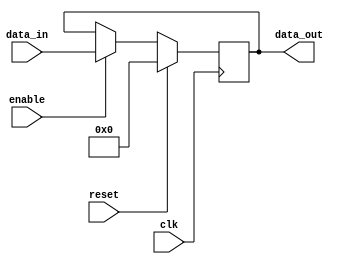
module register(
    input wire clk,
    input wire reset,
    input wire enable,
    input wire [7:0] data_in,
    output reg [7:0] data_out
);

reg [7:0] storage;

always @(posedge clk) begin
    if (reset) begin
        storage <= 8'b0;
    end else if (enable) begin
        storage <= data_in;
    end
end

assign data_out = storage;

endmodule